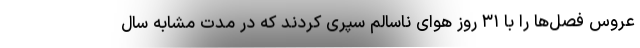
عروس فصل‌ها را با ۳۱ روز هوای ناسالم سپری کردند که در مدت مشابه سال